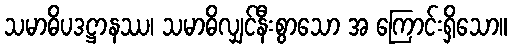
သမာဓိပဒဋ္ဌာနဿ၊ သမာဓိလျှင်နီးစွာသော အ ကြောင်းရှိသော။